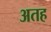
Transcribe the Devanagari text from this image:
अतह